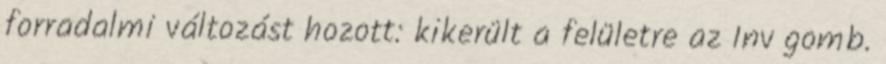
forradalmi változást hozott: kikerült a felületre az Inv gomb.